system: You are a helpful assistant.
user:
Analyze the provided spectrum to determine if it is a **S-type Star**.

- **Key Indicators for S-type Star:**

    - **(Overall Spectrum Shape):** The first and most obvious characteristic is the overall continuum (the "baseline" shape). It is **extremely "red-sloping,"** meaning the flux (light intensity) is very low on the left side (blue, ~4000-4500 Å) and rises steeply and continuously toward the right side (red, ~7000 Å+).

    - **(Primary):** The spectrum is defined by the presence of strong, broad molecular absorption "valleys" (bands) from **Zirconium Oxide (ZrO)**. The identification of these bands is the **primary requirement** for classifying a star as S-type.
        - **(Key Bandheads):** You must find distinct, deep "dips" where the light has been absorbed. The most critical band systems to locate are:
            - **~6474 Å** ($\gamma$-system): This is often the strongest and clearest ZrO feature, found in the red part of the spectrum.
            - **~5718 Å** & **~5551 Å** ($\beta$-system): A pair of prominent absorption features in the yellow-orange part of the spectrum.
            - **~4640 Å** ($\alpha$-system): A key absorption band system in the blue-green region of the spectrum.

    - **(Secondary Confirmation):** The classification is strengthened by finding additional absorption bands from other related heavy element oxides, which are expected to be present alongside ZrO.
        - **(Key Bandheads):**
            - **Yttrium Oxide (YO):** Look for absorption dips near **~4800 Å** and **~6100 Å**.
            - **Lanthanum Oxide (LaO):** Additional absorption features, particularly in the red-orange part of the spectrum, are also characteristic.

    - **(Line Profile):** The combination of the steep red continuum and these numerous, deep molecular bands (ZrO, YO, etc.) gives the entire spectrum a very **"chopped-up"** or **"bumpy"** appearance. Instead of a smooth curve, the spectrum looks as though large, wide chunks of light have been "carved out" of it at the specific wavelengths listed above.

Think first, call **spectral_visualization_tool** if needed to examine features in detail, then provide your final answer. Your response must adhere to the following strict rules:
1.  **Overall Structure:** Your response must follow the format `<think>...</think> <tool_call>...</tool_call> (if a tool is used) <answer>...</answer>`.
2.  **Tool Usage Constraint:** You may only make **one** tool call per turn.
3.  **Final Answer Format:** In the `<answer>` tag, your conclusion must be inside a `\boxed{}` command (e.g., `\boxed{YES}` or `\boxed{NO}`), followed by your justification.

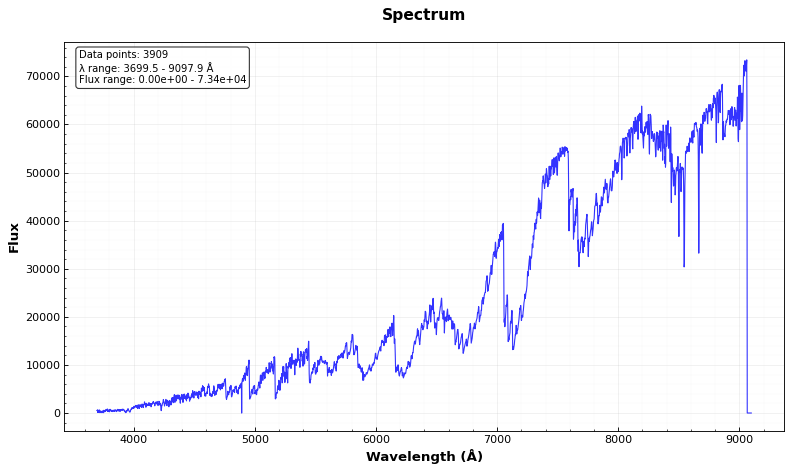
Answer: YES